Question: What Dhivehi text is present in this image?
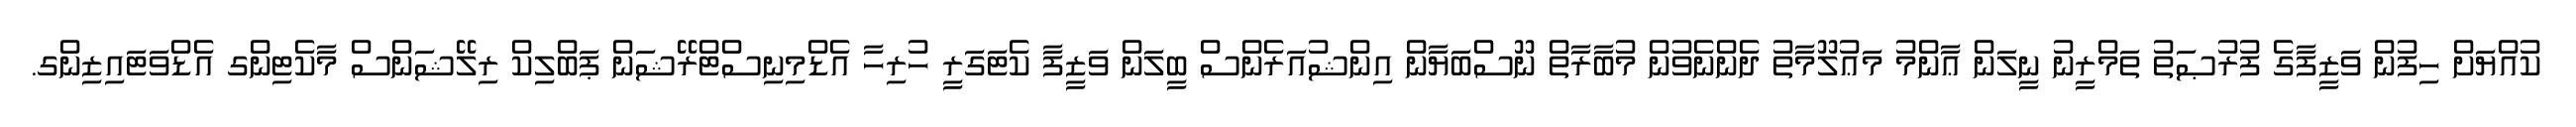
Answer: ކުއްޔަށް ހިފުން ވަޒީފާގެ ފުރުޞަތު ތަމްރީނު ނީލަން ޢާންމު މަޢުލޫމާތު ދެންނެވުން މުބާރާތް ނޫސްބަޔާން އިންޝުއަރެންސް ބީލަން ވަޒީފާ ކެޓަގަރީ ހުރިހާ އެޑްމިނިސްޓްރޭޝަން ޕަބްލިކް ރިލޭޝަންސް މާކެޓިންގ އެޑްވަޓައިޒިންގ.